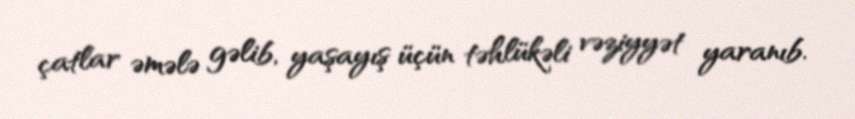
çatlar əmələ gəlib, yaşayış üçün təhlükəli vəziyyət yaranıb.